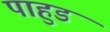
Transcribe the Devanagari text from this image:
पाहुड